Lunatic asylums in Bengal annual reports 1888-1898 - 1888-1898
Year: 1888
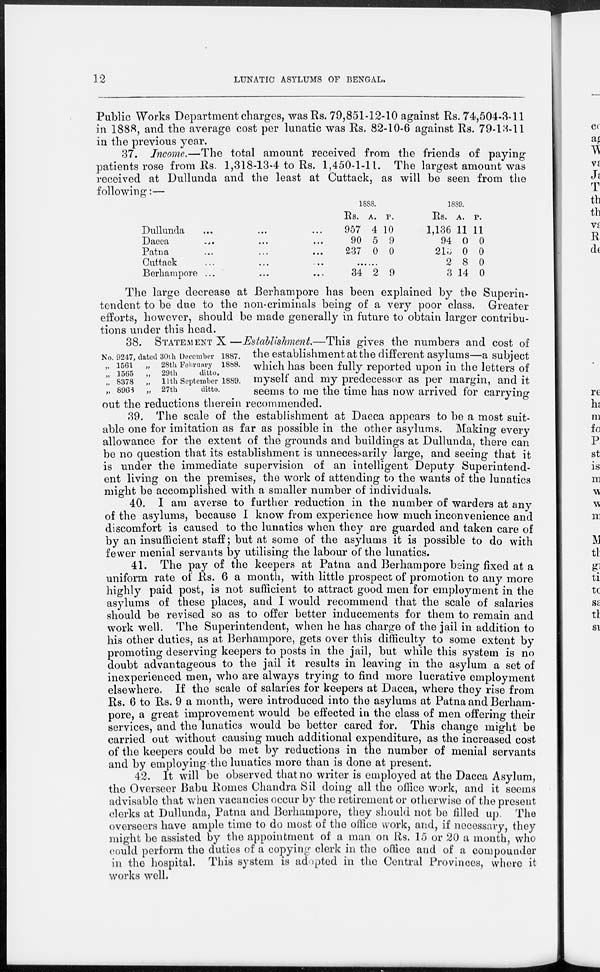
12
LUNATIC ASYLUMS OF BENGAL.
Public Works Department charges, was Rs. 79,851-12-10 against Rs. 74,504-3-11
in 1888, and the average cost per lunatic was Rs. 82-10-6 against Rs. 79-13-11
in the previous year.
37. Income.—The total amount received from the friends of paying
patients rose from Rs. 1,318-13-4 to Rs. 1,450-1-11. The largest amount was
received at Dullunda and the least at Cuttack, as will be seen from the
following:—
Dullunda ... ... ...
Dacca ... ... ...
Patna ... ... ...
Cuttack ... ... ...
Berhampore ... ... ...
1888.
Rs.
957
90
237
A.
4
5
0
P.
10
9
0
......
34 2 9
1889.
Rs.
1,136
94
213
2
3
A.
11
0
0
8
14
P.
11
0
0
0
0
The large decrease at Berhampore has been explained by the Superin-
tendent to be due to the non-criminals being of a very poor class. Greater
efforts, however, should be made generally in future to obtain larger contribu-
tions under this head.
No. 9247,
„ 1561
„ 1565
„ 8378
„ 8968
dated 30th December 1887.
„ 28th February 1888.
„ 29th
ditto.
„ 11th September 1889.
„ 27th
ditto.
38. STATEMENT X—Establishment.—This gives the numbers and cost of
the establishment at the different asylums—a subject
which has been fully reported upon in the letters of
myself and my predecessor as per margin, and it
seems to me the time has now arrived for carrying
out the reductions therein recommended.
39. The scale of the establishment at Dacca appears to be a most suit-
able one for imitation as far as possible in the other asylums. Making every
allowance for the extent of the grounds and buildings at Dullunda, there can
be no question that its establishment is unnecessarily large, and seeing that it
is under the immediate supervision of an intelligent Deputy Superintend-
ent living on the premises, the work of attending to the wants of the lunatics
might be accomplished with a smaller number of individuals.
40. I am averse to further reduction in the number of warders at any
of the asylums, because I know from experience how much inconvenience and
discomfort is caused to the lunatics when they are guarded and taken care of
by an insufficient staff; but at some of the asylums it is possible to do with
fewer menial servants by utilising the labour of the lunatics.
41. The pay of the keepers at Patna and Berhampore being fixed at a
uniform rate of Rs. 6 a month, with little prospect of promotion to any more
highly paid post, is not sufficient to attract good men for employment in the
asylums of these places, and I would recommend that the scale of salaries
should be revised so as to offer better inducements for them to remain and
work well. The Superintendent, when he has charge of the jail in addition to
his other duties, as at Berhampore, gets over this difficulty to some extent by
promoting deserving keepers to posts in the jail, but while this system is no
doubt advantageous to the jail it results in leaving in the asylum a set of
inexperienced men, who are always trying to find more lucrative employment
elsewhere. If the scale of salaries for keepers at Dacca, where they rise from
Rs. 6 to Rs. 9 a month, were introduced into the asylums at Patna and Berham-
pore, a great improvement would be effected in the class of men offering their
services, and the lunatics would be better cared for. This change might be
carried out without causing much additional expenditure, as the increased cost
of the keepers could be met by reductions in the number of menial servants
and by employing the lunatics more than is done at present.
42. It will be observed that no writer is employed at the Dacca Asylum,
the Overseer Babu Romes Chandra Sil doing all the office work, and it seems
advisable that when vacancies occur by the retirement or otherwise of the present
clerks at Dullunda, Patna and Berhampore, they should not be filled up The
overseers have ample time to do most of the office work, and, if necessary, they
might be assisted by the appointment of a man on Rs. 15 or 20 a month, who
could perform the duties of a copying clerk in the office and of a compounder
in the hospital. This system is adopted in the Central Provinces, where it
works well.